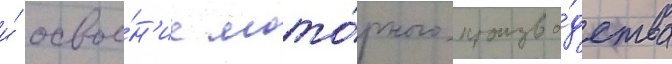
и́ освое́н'ие мото́рного произво́дства